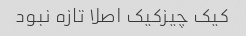
کیک چیزکیک اصلا تازه نبود